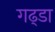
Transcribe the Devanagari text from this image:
गढ्‌डा